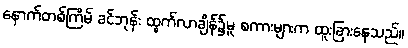
နောက်တစ်ကြိမ် ခင်ဘုန်း ထွက်လာချိန်၌မူ စကားများက ထူးခြားနေသည်။